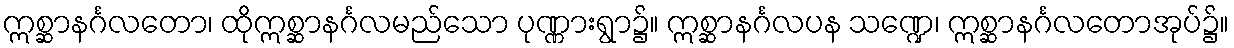
ဣစ္ဆာနင်္ဂလတော၊ ထိုဣစ္ဆာနင်္ဂလမည်သော ပုဏ္ဏားရွာ၌။ ဣစ္ဆာနင်္ဂလပန သဏ္ဍေ၊ ဣစ္ဆာနင်္ဂလတောအုပ်၌။